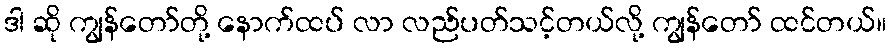
ဒါ ဆို ကျွန်တော်တို့ နောက်ထပ် လာ လည်ပတ်သင့်တယ်လို့ ကျွန်တော် ထင်တယ်။